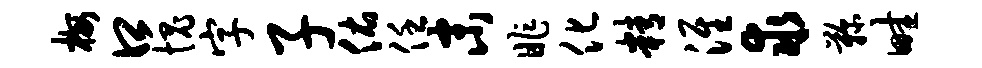
梅口愧字子佑任末昨化精淮求鞠畦